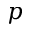
p